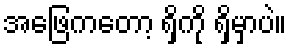
အဖြေကတော့ ရှိကို ရှိမှာပဲ။